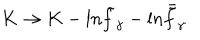
K \rightarrow K - { \mathrm { l } n } { \tilde { f } } _ { \gamma } - { \mathrm { l } n } { \bar { \tilde { f } } _ { \gamma } }